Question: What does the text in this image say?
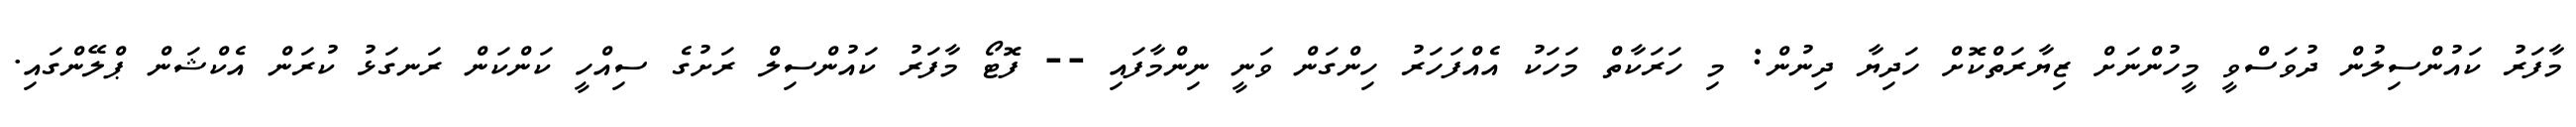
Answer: މާފަރު ކައުންސިލުން ދުވަސްވީ މީހުންނަށް ޒިޔާރަތްކޮށް ހަދިޔާ ދިނުން: މި ހަރަކާތް މަހަކު އެއްފަހަރު ހިންގަން ވަނީ ނިންމާފައި -- ފޮޓޯ މާފަރު ކައުންސިލް ރަށުގެ ސިއްހީ ކަންކަން ރަނގަޅު ކުރަން އެކްޝަން ޕްލޭންގައި.